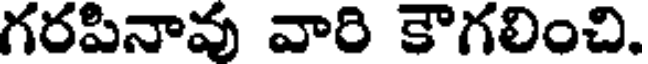
గరపినావు వారి కౌగలించి.